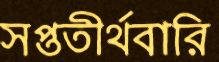
সপ্ততীর্থবারি